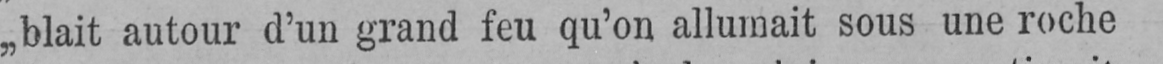
„blait autour d’un grand feu qu’on allumait sous une roche